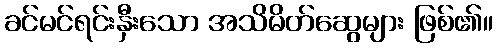
ခင်မင်ရင်းနှီးသော အသိမိတ်ဆွေများ ဖြစ်၏။